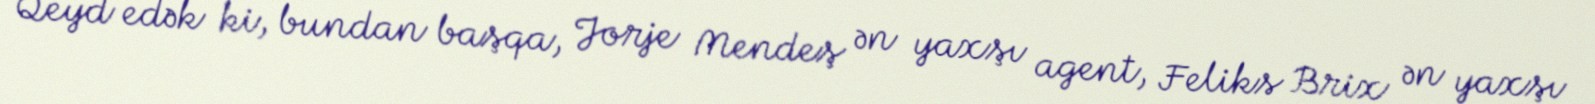
Qeyd edək ki, bundan başqa, Jorje Mendeş ən yaxşı agent, Feliks Brix ən yaxşı